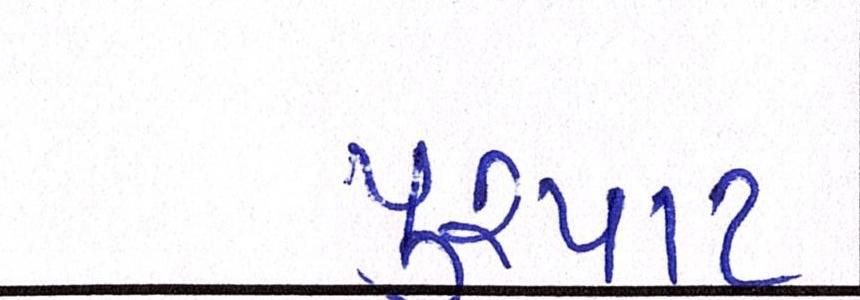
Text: પુરપાટ